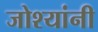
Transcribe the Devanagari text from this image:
जोश्यांनी